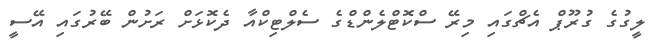
ލީގުގެ ގުރޫޕް އެޗްގައި މިރޭ ސްކޮޓްލެންޑްގެ ސެލްޓިކްއާ ދެކޮޅަށް ރަށުން ބޭރުގައި އޭސީ